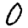
Digit: 0